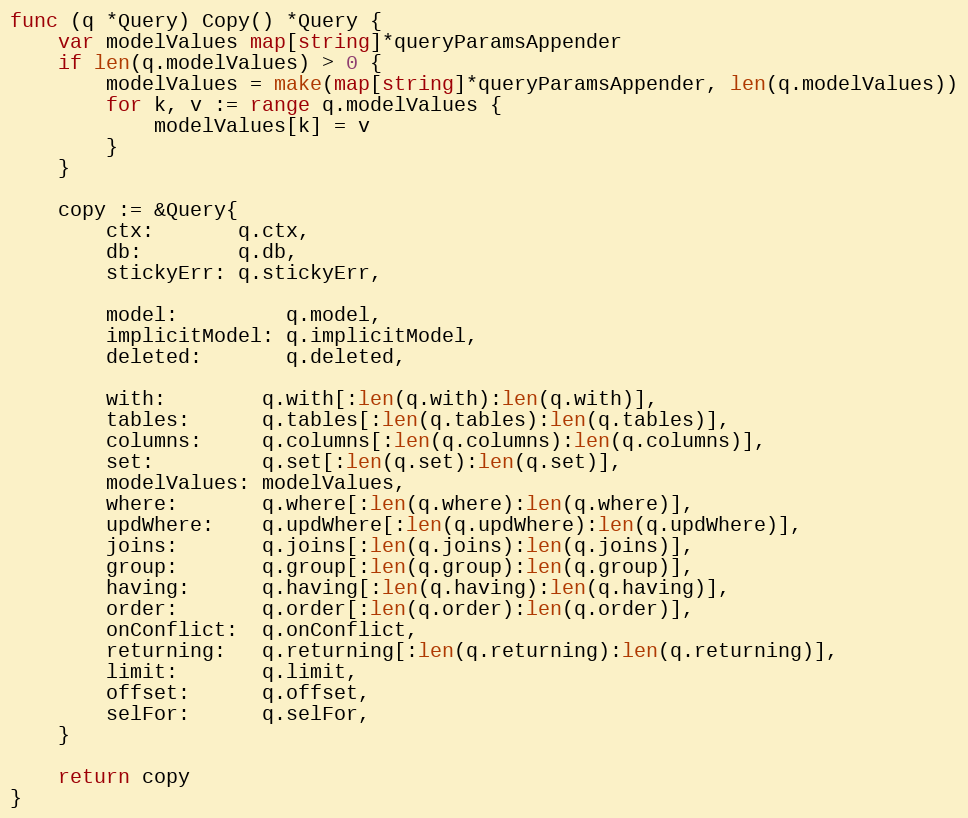
Language: Go
func (q *Query) Copy() *Query {
	var modelValues map[string]*queryParamsAppender
	if len(q.modelValues) > 0 {
		modelValues = make(map[string]*queryParamsAppender, len(q.modelValues))
		for k, v := range q.modelValues {
			modelValues[k] = v
		}
	}

	copy := &Query{
		ctx:       q.ctx,
		db:        q.db,
		stickyErr: q.stickyErr,

		model:         q.model,
		implicitModel: q.implicitModel,
		deleted:       q.deleted,

		with:        q.with[:len(q.with):len(q.with)],
		tables:      q.tables[:len(q.tables):len(q.tables)],
		columns:     q.columns[:len(q.columns):len(q.columns)],
		set:         q.set[:len(q.set):len(q.set)],
		modelValues: modelValues,
		where:       q.where[:len(q.where):len(q.where)],
		updWhere:    q.updWhere[:len(q.updWhere):len(q.updWhere)],
		joins:       q.joins[:len(q.joins):len(q.joins)],
		group:       q.group[:len(q.group):len(q.group)],
		having:      q.having[:len(q.having):len(q.having)],
		order:       q.order[:len(q.order):len(q.order)],
		onConflict:  q.onConflict,
		returning:   q.returning[:len(q.returning):len(q.returning)],
		limit:       q.limit,
		offset:      q.offset,
		selFor:      q.selFor,
	}

	return copy
}